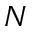
N